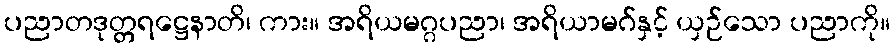
ပညာတဒုတ္တရဋ္ဌေနာတိ၊ ကား။ အရိယမဂ္ဂပညာ၊ အရိယာမဂ်နှင့် ယှဉ်သော ပညာကို။